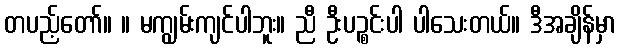
တပည့်တော်။ ။ မကျွမ်းကျင်ပါဘူး။ ညီ ဦးပဉ္စင်းပါ ပါသေးတယ်။ ဒီအချိန်မှာ